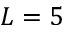
L = 5